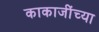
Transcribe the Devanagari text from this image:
काकाजींच्या